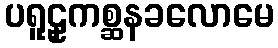
ပရူဠှကစ္ဆနခလောမေ